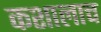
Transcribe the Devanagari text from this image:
कशालाच